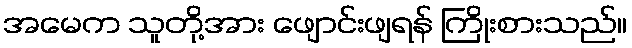
အမေက သူတို့အား ဖျောင်းဖျရန် ကြိုးစားသည်။